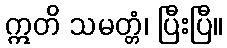
ဣတိ သမတ္တံ၊ ပြီးပြီ။